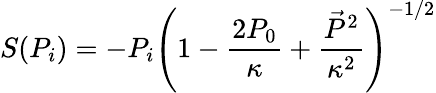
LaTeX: S(P_{i})=-P_{i}\left(1-\frac{2P_{0}}{\kappa}+\frac{\vec{P}^{2}}{\kappa^{2}}\right)^{-1/2}